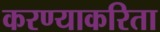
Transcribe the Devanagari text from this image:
करण्‍याकरिता